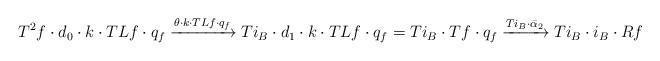
LaTeX: \begin{align*} T^2f\cdot d_0\cdot k\cdot T{L}f\cdot q_f \xrightarrow{\theta\cdot k\cdot T{L}f\cdot q_f} Ti_B\cdot d_1\cdot k\cdot T{L}f\cdot q_f = Ti_B\cdot Tf \cdot q_f \xrightarrow{Ti_B\cdot\bar\alpha_2} Ti_B\cdot i_B\cdot{R}f \end{align*}